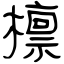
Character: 檩